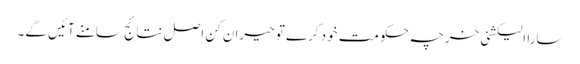
سارا الیکشنی خرچہ حکومت خود کرے تو حیران کن اصل نتائج سامنے آئیں گے۔